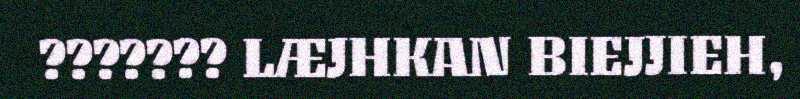
??????? LÆJHKAN BIEJJIEH,